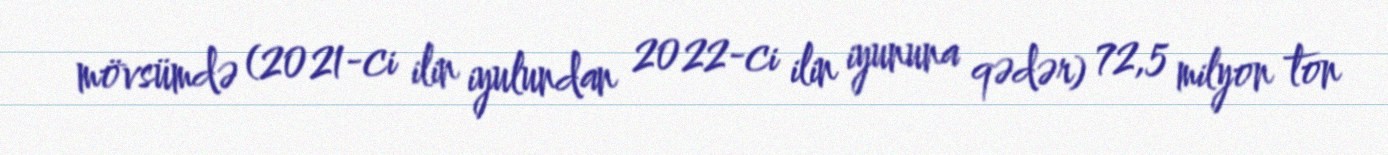
mövsümdə (2021-ci ilin iyulundan 2022-ci ilin iyununa qədər) 72,5 milyon ton